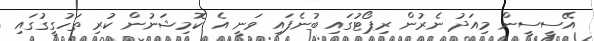
އޭސީސީން މިއަދު ނެރުން ރިޕޯޓުގައި ބުނެފައި ވަނީ އެ ކޮމިޝަނުން ކުރި ތަހުގީގުގައި